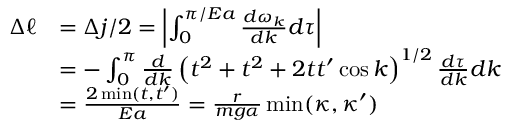
\begin{array} { r l } { \Delta \ell } & { = \Delta j / 2 = \left| \int _ { 0 } ^ { \pi / E a } \frac { d \omega _ { k } } { d k } d \tau \right| } \\ & { = - \int _ { 0 } ^ { \pi } \frac { d } { d k } \left( t ^ { 2 } + t ^ { 2 } + 2 t t ^ { \prime } \cos k \right) ^ { 1 / 2 } \frac { d \tau } { d k } d k } \\ & { = \frac { 2 \operatorname* { m i n } ( t , t ^ { \prime } ) } { E a } = \frac { r } { m g \alpha } \operatorname* { m i n } ( \kappa , \kappa ^ { \prime } ) } \end{array}